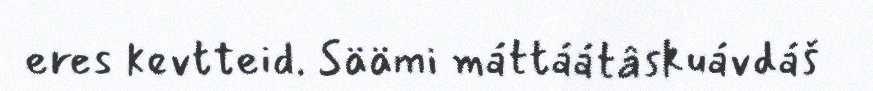
eres kevtteid. Säämi máttáátâskuávdáš